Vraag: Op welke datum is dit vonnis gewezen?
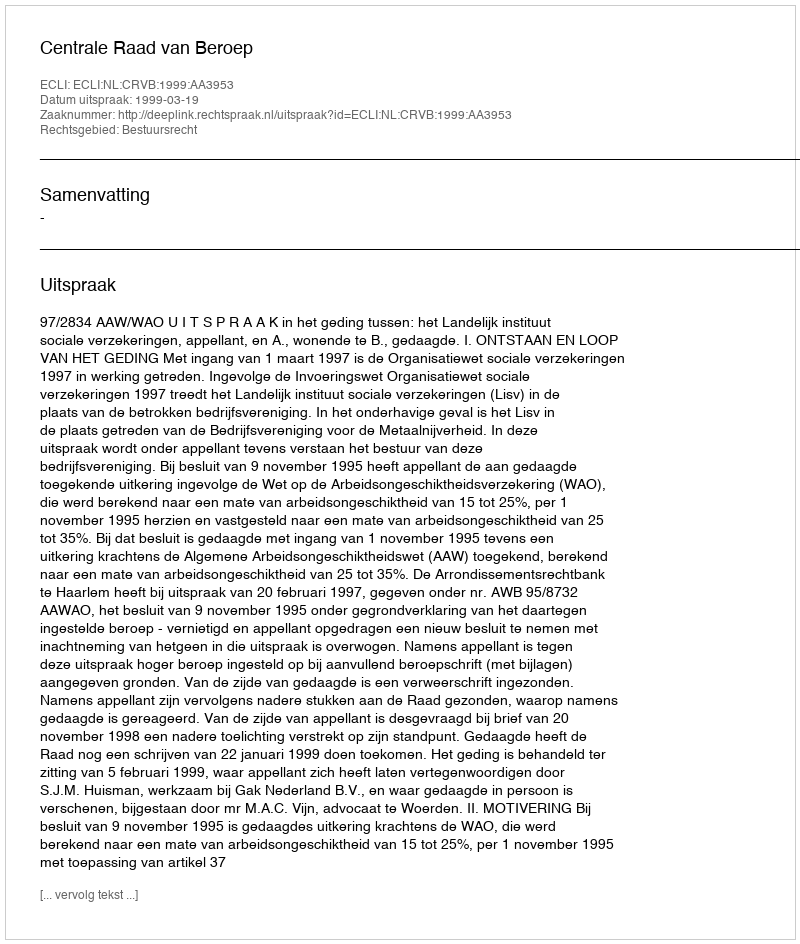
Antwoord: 1999-03-19